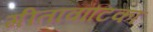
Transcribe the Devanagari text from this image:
गीतावाटिका